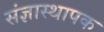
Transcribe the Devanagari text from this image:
संज्ञास्थापक